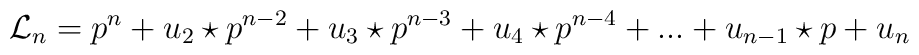
{\mathcal L}_n=p^n+u_{2}\star p^{n-2}+u_{3}\star p^{n-3}+u_4\star p^{n-4}+...+u_{n-1}\star p+u_{n}\\